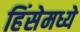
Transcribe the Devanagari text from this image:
हिंसेमध्ये